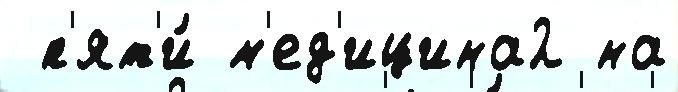
 п'ят'и́ м'ед'ицина2 на